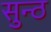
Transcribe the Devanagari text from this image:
सुन्ठ